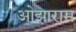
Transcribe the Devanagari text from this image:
ओझाराम